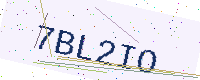
Text: 7BL2IO